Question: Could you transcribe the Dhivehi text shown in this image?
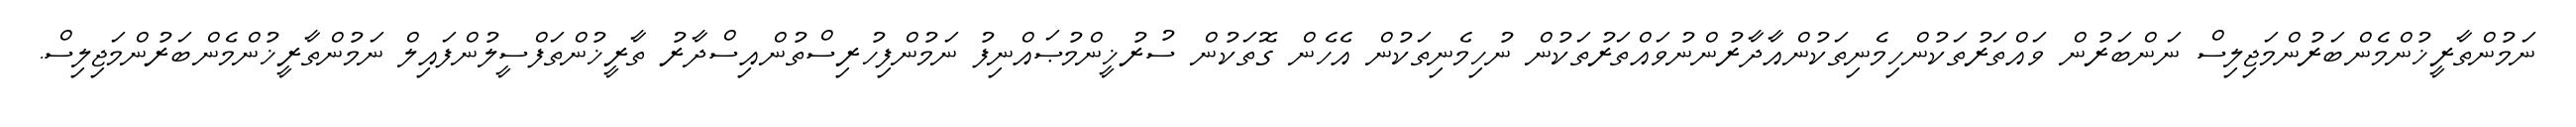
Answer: ނަމުންތާރީޚުންމެންބަރުންމަޖިލިސް ނަންބަރުން ވައްތަރުތަކުންހިމެނިތަކުންއާދާރުންނުވައްތަރުތަކުން ނުހިމެނިތަކުން އެހެން ގޮތަކުން ސުރުޚީންމުޞައްނިފު ނަމުންފިހުރިސްތުންއިސްދާރު ތާރީޚުންތަފްސީލުންފައިލް ނަމުންތާރީޚުންމެންބަރުންމަޖިލިސް.